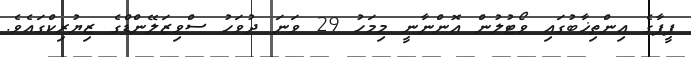
ފީފާގެ އިންތިޚާބުގައި ވޯޓުލުން އޮންނާނީ މިމަހު 29 ވަނަ ދުވަހު ސްވިޒަލޭންޑްގެ ޒިޔުރިކްގައެވެ.